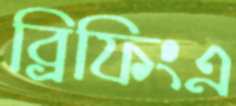
ব্রিফিংএ